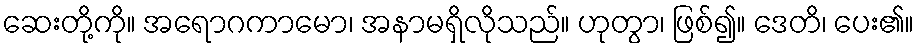
ဆေးတို့ကို။ အရောဂကာမော၊ အနာမရှိလိုသည်။ ဟုတွာ၊ ဖြစ်၍။ ဒေတိ၊ ပေး၏။